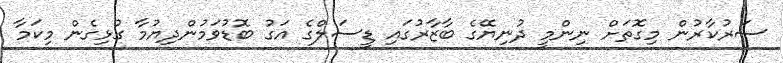
ސަރުކާރުން މިގޮތަށް ނިންމީ ދުނިޔޭގެ ބާޒާރުގައި ޑީސަލްގެ އަގު ބޮޑުވަމުންދިޔުމާ ގުޅިގެން މިކަމާ